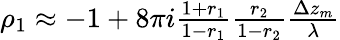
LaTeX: \begin{array}{r}{\rho_{1}\approx-1+8\pi i\frac{1+r_{1}}{1-r_{1}}\frac{r_{2}}{1-r_{2}}\frac{\Delta z_{m}}{\lambda}}\end{array}